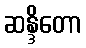
ဆန္ဒိတော